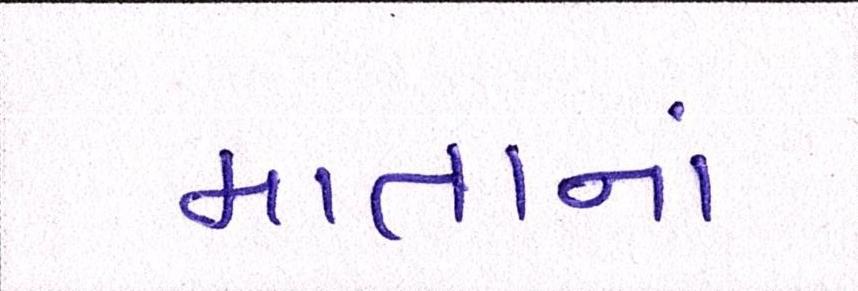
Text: માતાનાં